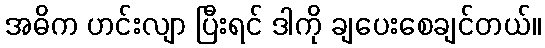
အဓိက ဟင်းလျာ ပြီးရင် ဒါကို ချပေးစေချင်တယ်။